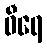
ဓီရေ